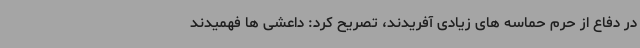
در دفاع از حرم حماسه های زیادی آفریدند، تصریح کرد: داعشی ها فهمیدند